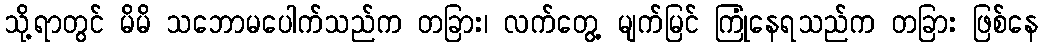
သို့ရာတွင် မိမိ သဘောမပေါက်သည်က တခြား၊ လက်တွေ့ မျက်မြင် ကြုံနေရသည်က တခြား ဖြစ်နေ